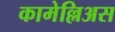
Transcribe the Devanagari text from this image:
कामेल्लिअस